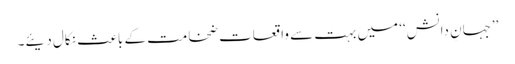
’’جہانِ دانش‘‘ میں بہت سے واقعات ضخامت کے باعث نکال دیئے۔